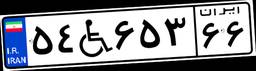
۵۴W۶۵۳۶۶